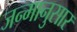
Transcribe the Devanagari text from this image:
जन्मानुसार